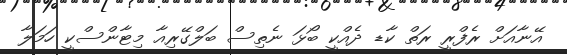
އޭނާއަށް ރެފްރީ ރަތް ކާޑ ދެއްކީ ބޯޅަ ނެތިސް ބަލްގޭރިއާ މިޓާންސްކީ ހަމަލާ